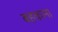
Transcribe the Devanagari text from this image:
बहकाना